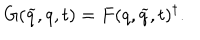
G ( \widetilde { q } , q , t ) = F ( q , \widetilde { q } , t ) ^ { \dagger } .